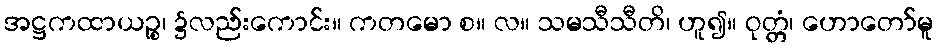
အဋ္ဌကထာယဉ္စ၊ ၌လည်းကောင်း။ ကတမော စ။ လ။ သမသီသီတိ၊ ဟူ၍။ ဝုတ္တံ၊ ဟောတော်မူ